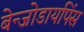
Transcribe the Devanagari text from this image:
बेन्जोडायपिंस